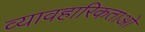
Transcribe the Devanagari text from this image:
व्यावहारिकताओ